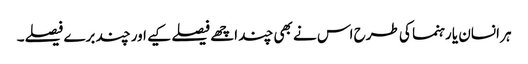
ہر انسان یا رہنما کی طرح اس نے بھی چند اچھے فیصلے کیے اور چند برے فیصلے۔